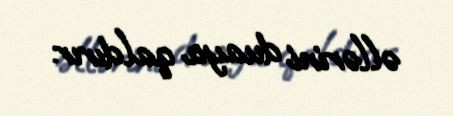
əllərini duaya qaldırır.